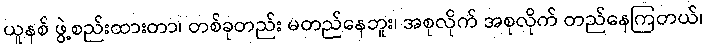
ယူနစ် ဖွဲ့စည်းထားတာ၊ တစ်ခုတည်း မတည်နေဘူး၊ အစုလိုက် အစုလိုက် တည်နေကြတယ်၊